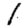
Digit: 1